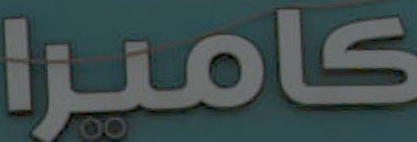
كامنزا